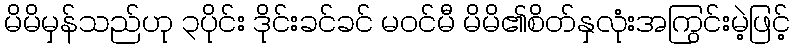
မိမိမှန်သည်ဟု ၃ပိုင်း ဒိုင်းခင်ခင် မဝင်မီ မိမိ၏စိတ်နှလုံးအကြွင်းမဲ့ဖြင့်